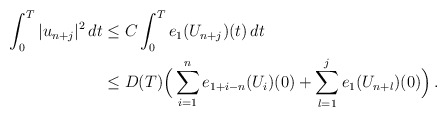
\begin{align*}\int_0^T |u_{n+j}|^2 \,dt & \le C \int_0^T e_1(U_{n+j})(t)\,dt \\&\le D(T) \Big(\sum_{i=1}^n e_{1+i-n}(U_i)(0) + \sum_{l=1}^j e_1(U_{n+l})(0)\Big)\,.\end{align*}